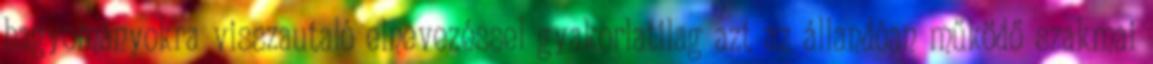
hagyományokra visszautaló elnevezéssel gyakorlatilag azt az állandóan működő szakmai